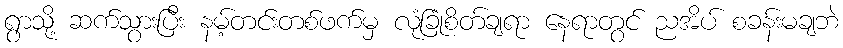
ရွာသို့ ဆက်သွားပြီး နမ့်တင်းတစ်ဖက်မှ လုံခြုံစိတ်ချရာ နေရာတွင် ညအိပ် စခန်းမချဘဲ